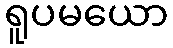
ရူပမယော